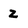
Character: z